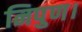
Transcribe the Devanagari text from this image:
निपुण।